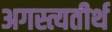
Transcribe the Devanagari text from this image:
अगस्त्यतीर्थ